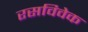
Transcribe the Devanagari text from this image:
रसविवेक